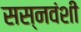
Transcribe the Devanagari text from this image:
सस्नवंशी